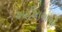
અહીરામાએ